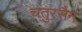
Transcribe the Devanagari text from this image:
चतुरसैन